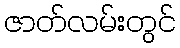
ဇာတ်လမ်းတွင်